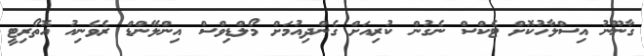
ގާނޫނު އިސްލާހުކޮށް ޓެކްސް ނެގުން ކުރިއަށް ގެންދިއުމަށް މޯލްޑިވްސް އިންލޭންޑް ރެވެނިއު އޮތޯރިޓީ